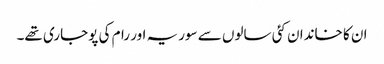
ان کا خاندان کئی سالوں سے سوریہ اور رام کی پوجاری تھے۔